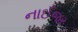
નાઈજર